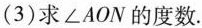
(3)求\angle AON的度数。